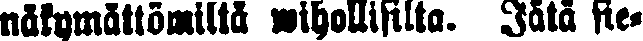
näkymättömiltä wihollisilta. Jätä sie-